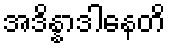
အဒိန္နာဒါနေတိ